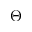
\Theta